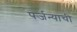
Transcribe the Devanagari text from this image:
पर्जन्याची